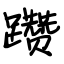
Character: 躜